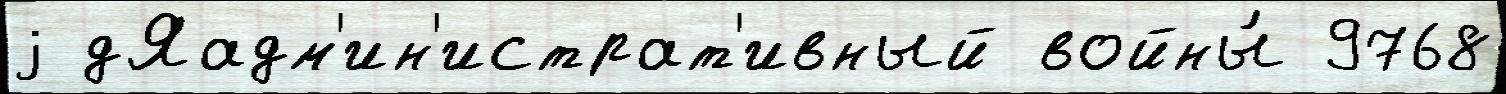
j дЯадм'ин'истрат'ивный войны́ 9768